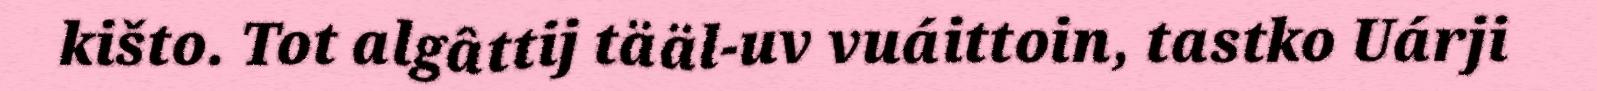
kišto. Tot algâttij tääl-uv vuáittoin, tastko Uárji